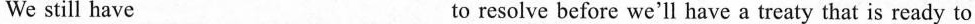
We still have______ _______ _______ to resolve before we'll have a treaty that is ready to